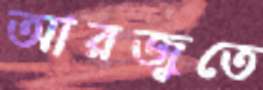
আরজুতে